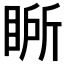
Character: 𭾾